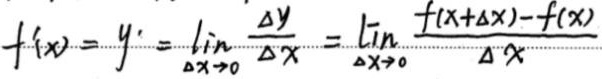
\[
f'(x)=y'=\lim\limits_{\Delta x \to 0}\frac{\Delta y}{\Delta x}=\lim\limits_{\Delta x \to 0}\frac{f(x + \Delta x)-f(x)}{\Delta x}
\]